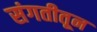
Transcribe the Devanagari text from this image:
संगतीतून